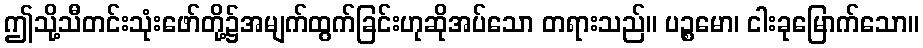
ဤသို့သီတင်းသုံးဖော်တို့၌အမျက်ထွက်ခြင်းဟုဆိုအပ်သော တရားသည်။ ပဉ္စမော၊ ငါးခုမြောက်သော။